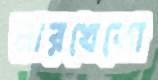
মারখেকো